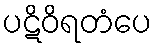
ပဋိဝိရတံပေ